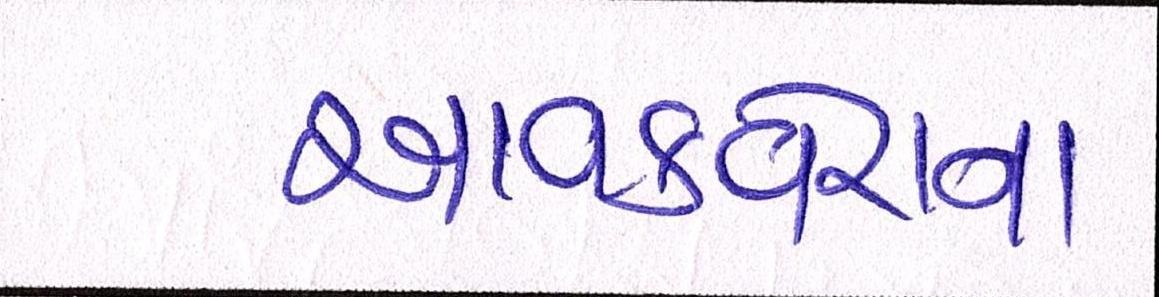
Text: આવકવેરાના